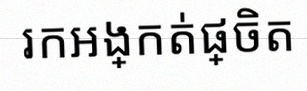
រកអង្កត់ផ្ចិត